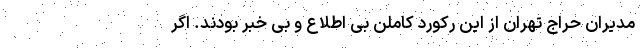
مدیران حراج تهران از این رکورد کاملن بی اطلاع و بی خبر بودند. اگر